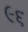
૯૬